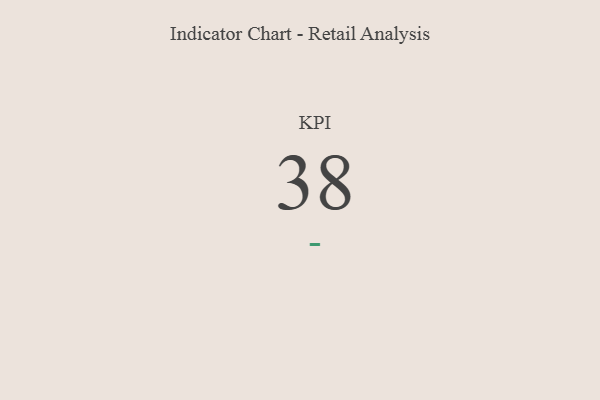
{"axis": {"x": "KPI", "y": "Value"}, "legend": [""], "data": [{"x": "KPI", "y": 38, "type": ""}]}